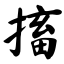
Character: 搐